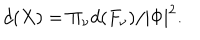
LaTeX: d ( X ) = { \Pi } _ { \nu } d ( F _ { \nu } ) / | \Phi | ^ { 2 } .